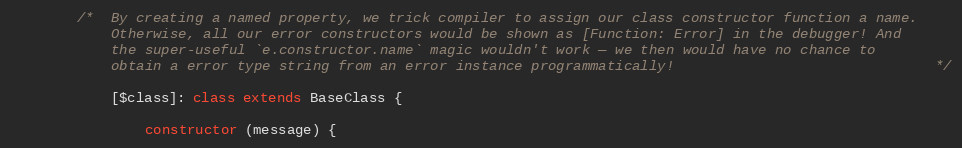
Language: JavaScript
        /*  By creating a named property, we trick compiler to assign our class constructor function a name.
            Otherwise, all our error constructors would be shown as [Function: Error] in the debugger! And
            the super-useful `e.constructor.name` magic wouldn't work — we then would have no chance to
            obtain a error type string from an error instance programmatically!                               */

            [$class]: class extends BaseClass {

                constructor (message) {